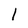
Character: 1